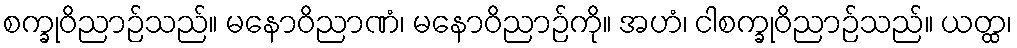
စက္ခုဝိညာဉ်သည်။ မနောဝိညာဏံ၊ မနောဝိညာဉ်ကို။ အဟံ၊ ငါစက္ခုဝိညာဉ်သည်။ ယတ္ထ၊